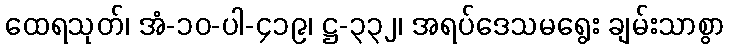
ထေရသုတ်၊ အံ-၁၀-ပါ-၄၁၉၊ ဋ္ဌ-၃၃၂၊ အရပ်ဒေသမရွေး ချမ်းသာစွာ